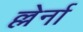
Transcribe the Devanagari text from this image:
ल्लेर्ना